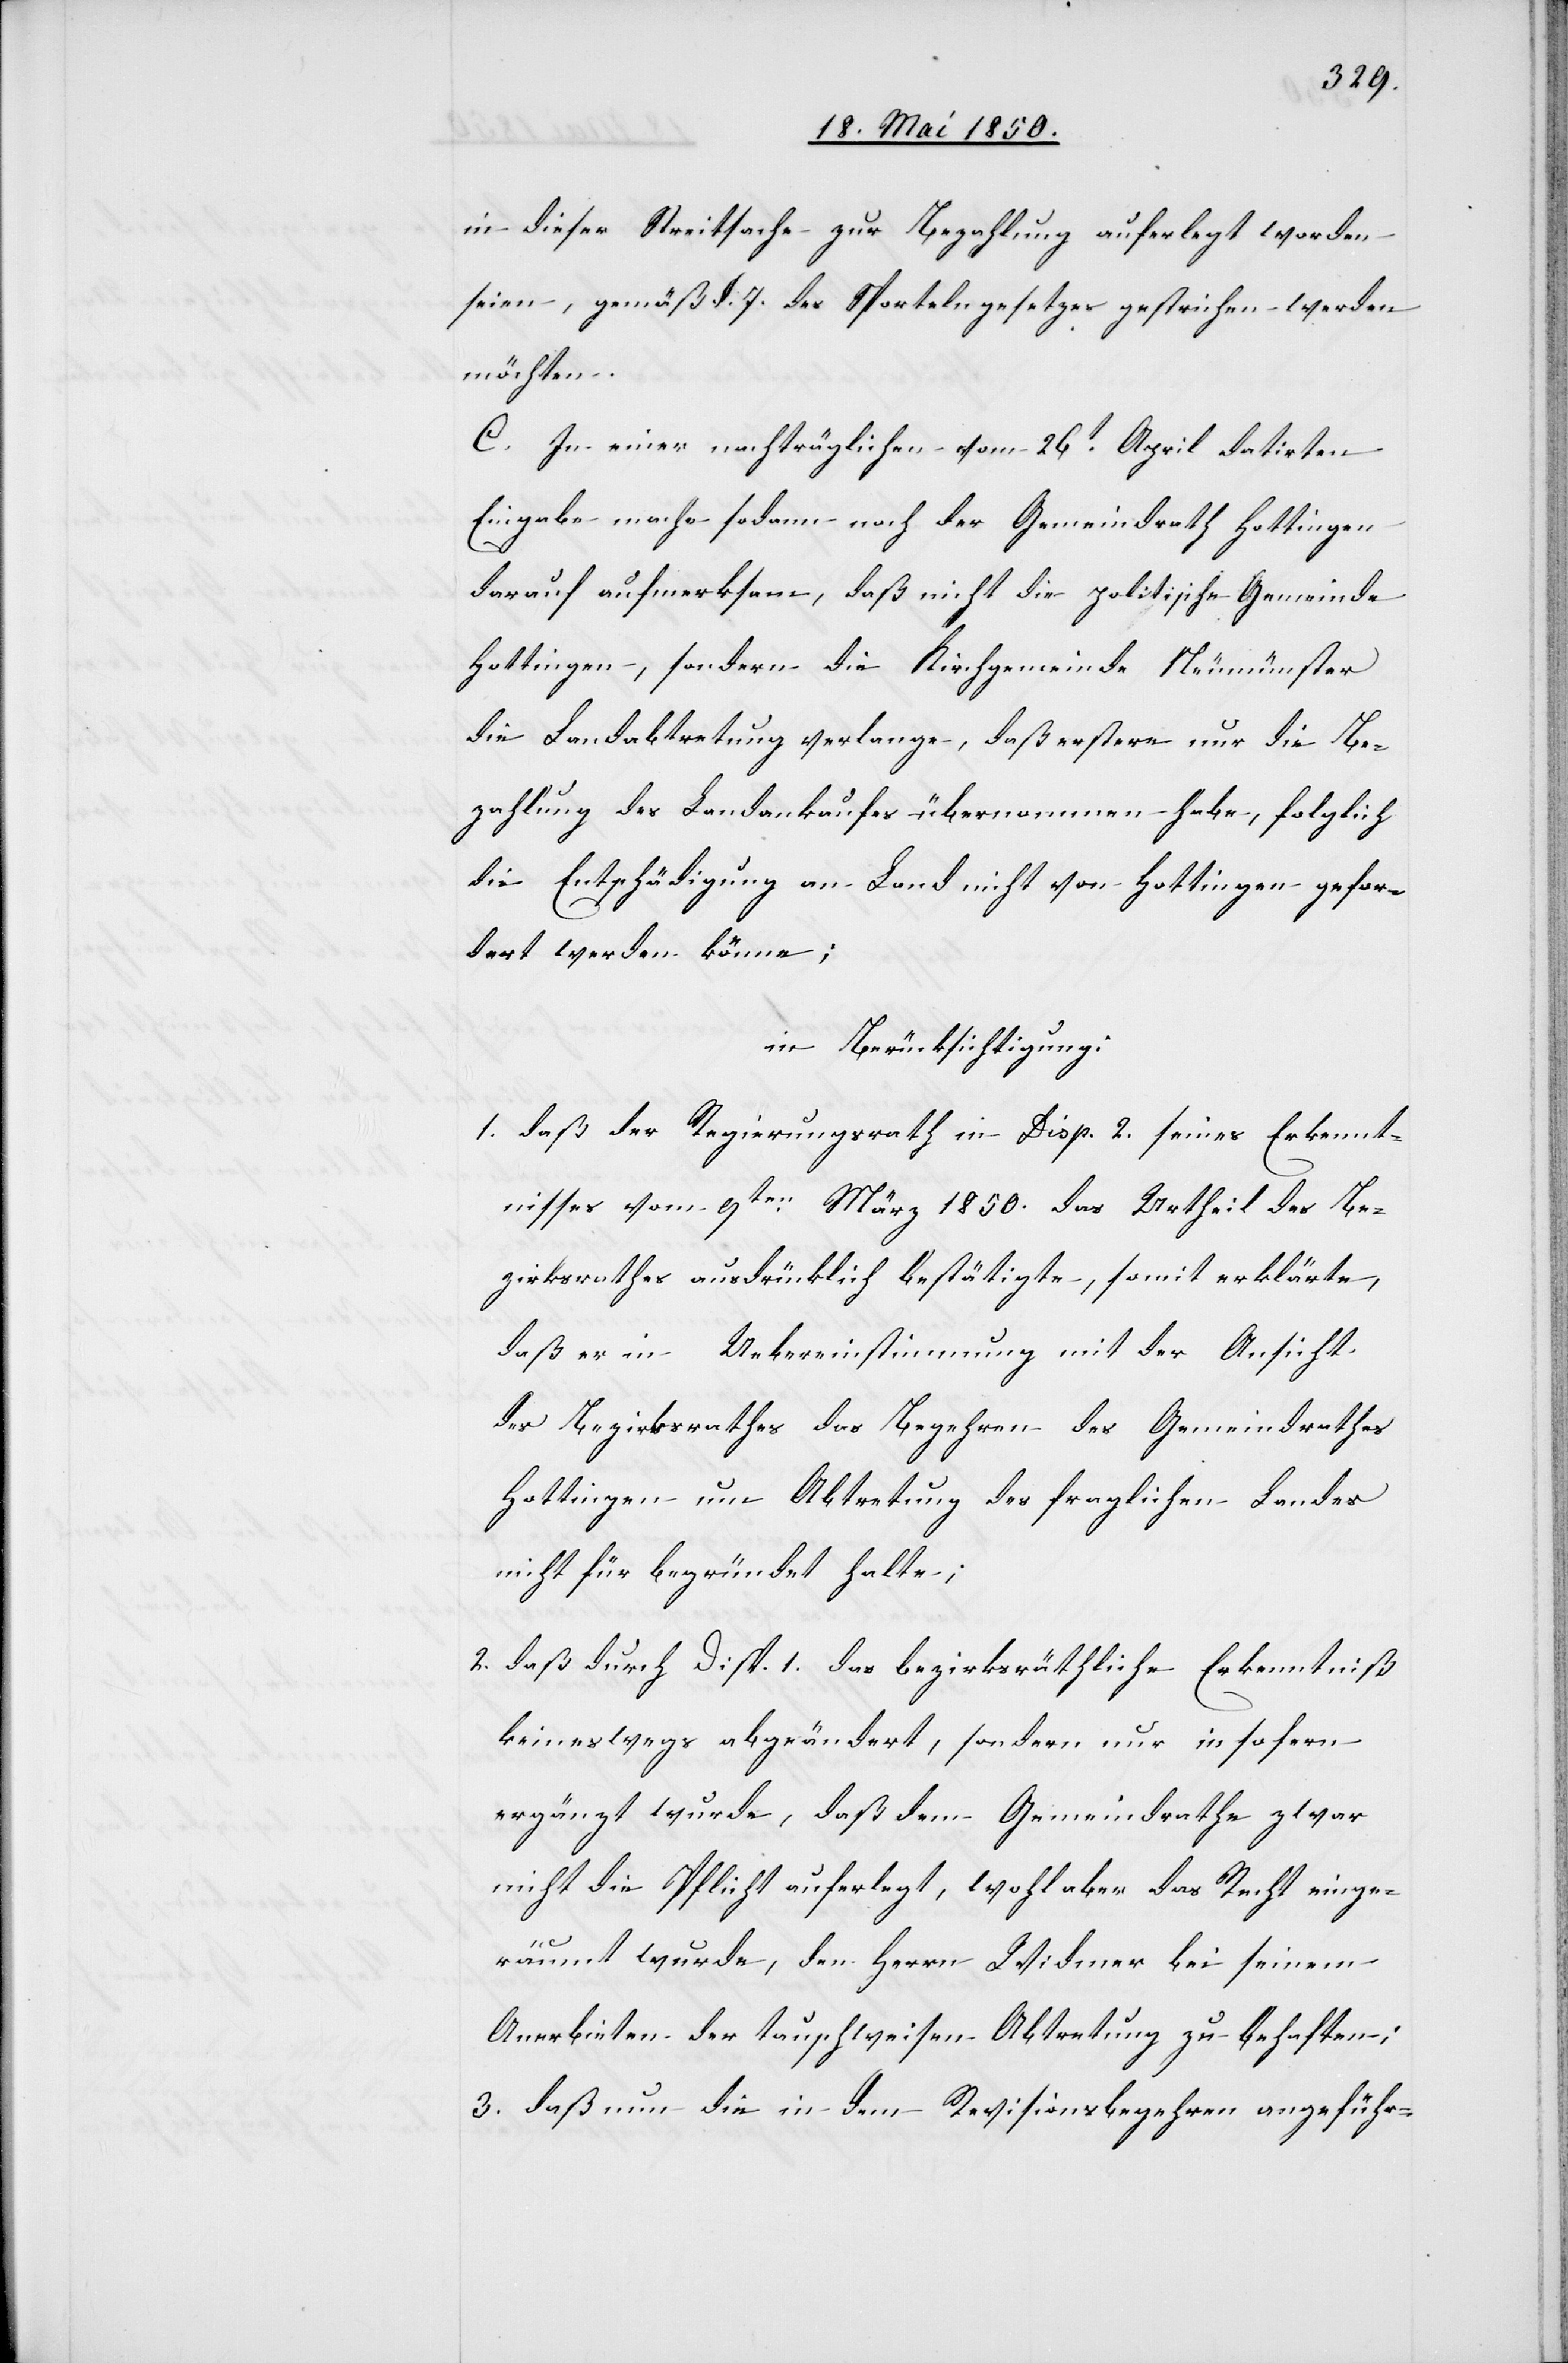
in dieser Streitsache zur Bezahlung auferlegt worden
seien, gemäß §. 7. des Sportelngesetzes gestrichen werden
möchten.
C. In einer nachträglichen vom 26t April datirten
Eingabe mache sodann noch der Gemeindrath Hottingen
darauf aufmerksam, daß nicht die politische Gemeinde
Hottingen, sondern die Kirchgemeinde Neumünster
die Landabtretung verlange, daß erstere nur die Be¬
zahlung des Landankaufes übernommen habe, folglich
die Entschädigung an Land nicht von Hottingen gefor¬
dert werden könne;
in Berücksichtigung:
1. daß der Regierungsrath in Disp. 2. seines Erkennt¬
nisses vom 9ten März 1850. das Urtheil des Be¬
zirksrathes ausdrücklich bestätigte, somit erklärte,
daß er in Uebereinstimmung mit der Ansicht
des Bezirksrathes das Begehren des Gemeindrathes
Hottingen um Abtretung des fraglichen Landes
nicht begründet halte;
2. daß durch Disp. 1. das bezirksräthliche Erkenntniß
keineswegs abgeändert, sondern nur insofern
ergänzt wurde, daß dem Gemeindrathe zwar
nicht die Pflicht auferlegt, wohl aber das Recht einge¬
räumt wurde, den Herrn Widmer bei seinem
Anerbieten der tauschweisen Abtretung zu behaften;
3. daß nun die in dem Revisionsbegehren angeführ-